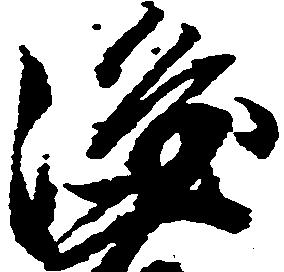
隆